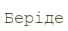
Беріде